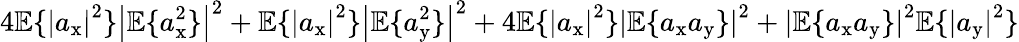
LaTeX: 4\mathbb{E}\{ \left|a_{\mathrm{x}}\right|^{2}\} \left|\mathbb{E}\{ a_{\mathrm{x}}^{2}\} \right|^{2}+\mathbb{E}\{ \left|a_{\mathrm{x}}\right|^{2}\} \left|\mathbb{E}\{ a_{\mathrm{y}}^{2}\} \right|^{2}+4\mathbb{E}\{ \left|a_{\mathrm{x}}\right|^{2}\} \left|\mathbb{E}\{ a_{\mathrm{x}}a_{\mathrm{y}}\} \right|^{2}+\left|\mathbb{E}\{ a_{\mathrm{x}}a_{\mathrm{y}}\} \right|^{2}\mathbb{E}\{ \left|a_{\mathrm{y}}\right|^{2}\}